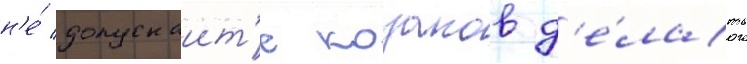
н'е́ допускаит'е козаков д'е́лать